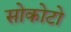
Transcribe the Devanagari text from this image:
सोकोटो